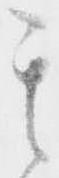
其